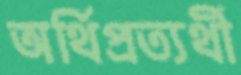
অর্থিপ্রত্যর্থী